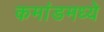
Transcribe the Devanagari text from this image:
कमांडमध्ये